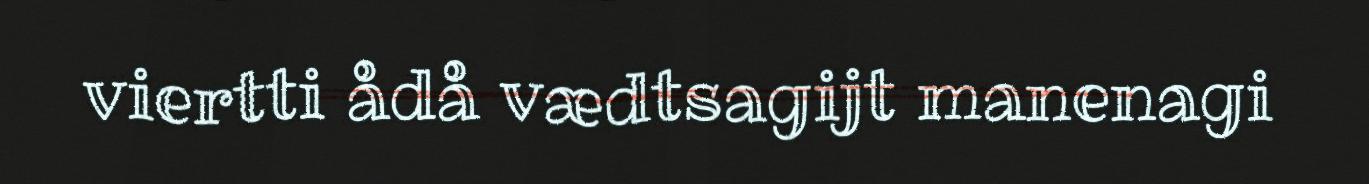
viertti ådå vædtsagijt manenagi